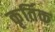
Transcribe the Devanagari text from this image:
कृर्तिक